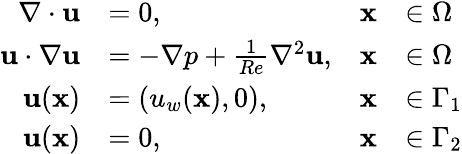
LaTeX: \begin{array}{rlrl}{\nabla\cdot{\mathbf{u}}}&{=0,}&{\mathbf{x}}&{\in\Omega}\\ {{\mathbf{u}}\cdot\nabla{\mathbf{u}}}&{=-\nabla p+\frac{1}{Re}{\nabla^{2}}{\mathbf{u}},}&{\mathbf{x}}&{\in\Omega}\\ {\mathbf{u}(\mathbf{x})}&{=(u_{w}(\mathbf{x}),0),}&{\mathbf{x}}&{\in\Gamma_{1}}\\ {\mathbf{u}(\mathbf{x})}&{=0,}&{\mathbf{x}}&{\in\Gamma_{2}}\end{array}